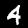
Label: 4